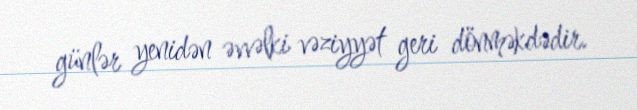
günlər yenidən əvvəlki vəziyyət geri dönməkdədir.